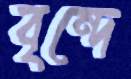
বৃন্দে